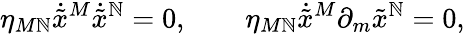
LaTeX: \eta_{M\mathbb{N}}\dot{{\tilde{{x}}}}^{M}\dot{{\tilde{{x}}}}^{\mathbb{N}}=0,~~~~~~~~\eta_{M\mathbb{N}}\dot{{\tilde{{x}}}}^{M}\partial_{m}{\tilde{{x}}}^{\mathbb{N}}=0,